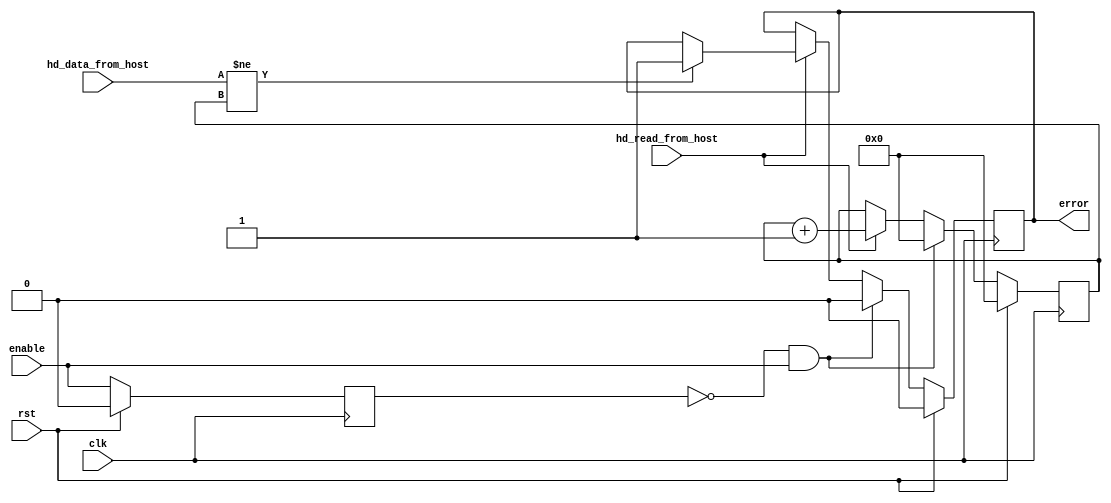
module hd_data_reader (
    input           clk,
    input           rst,
    input           enable,
    output  reg     error,
    input           hd_read_from_host,
    input   [31:0]  hd_data_from_host
);
reg                 prev_enable;
wire                posedge_enable;
reg         [31:0]  test_data;
assign              posedge_enable = (!prev_enable && enable);
always @ (posedge clk) begin
    if (rst) begin
        prev_enable         <=  0;
        error               <=  0;
        test_data           <=  0;
    end
    else begin
        prev_enable         <=  enable;
        if (posedge_enable) begin
            error           <=  0;
            test_data       <=  0;
        end
        else begin
            if (hd_read_from_host) begin
                if (hd_data_from_host != test_data) begin
                    error   <=  1;
                end
                test_data   <=  test_data + 1;
            end
        end
    end
end
endmodule